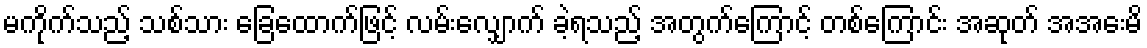
မကိုက်သည့် သစ်သား ခြေထောက်ဖြင့် လမ်းလျှောက် ခဲ့ရသည့် အတွက်ကြောင့် တစ်ကြောင်း အဆုတ် အအေးမိ